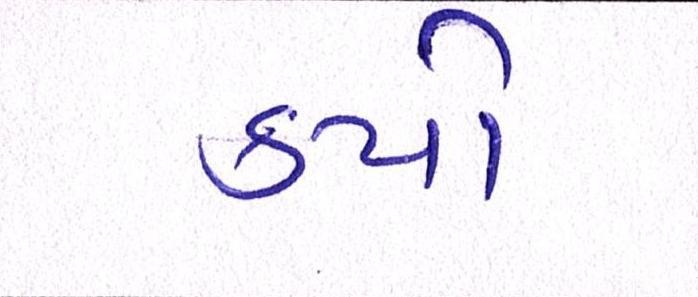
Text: કયો